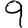
Digit: 9